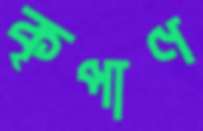
কৃপাণ